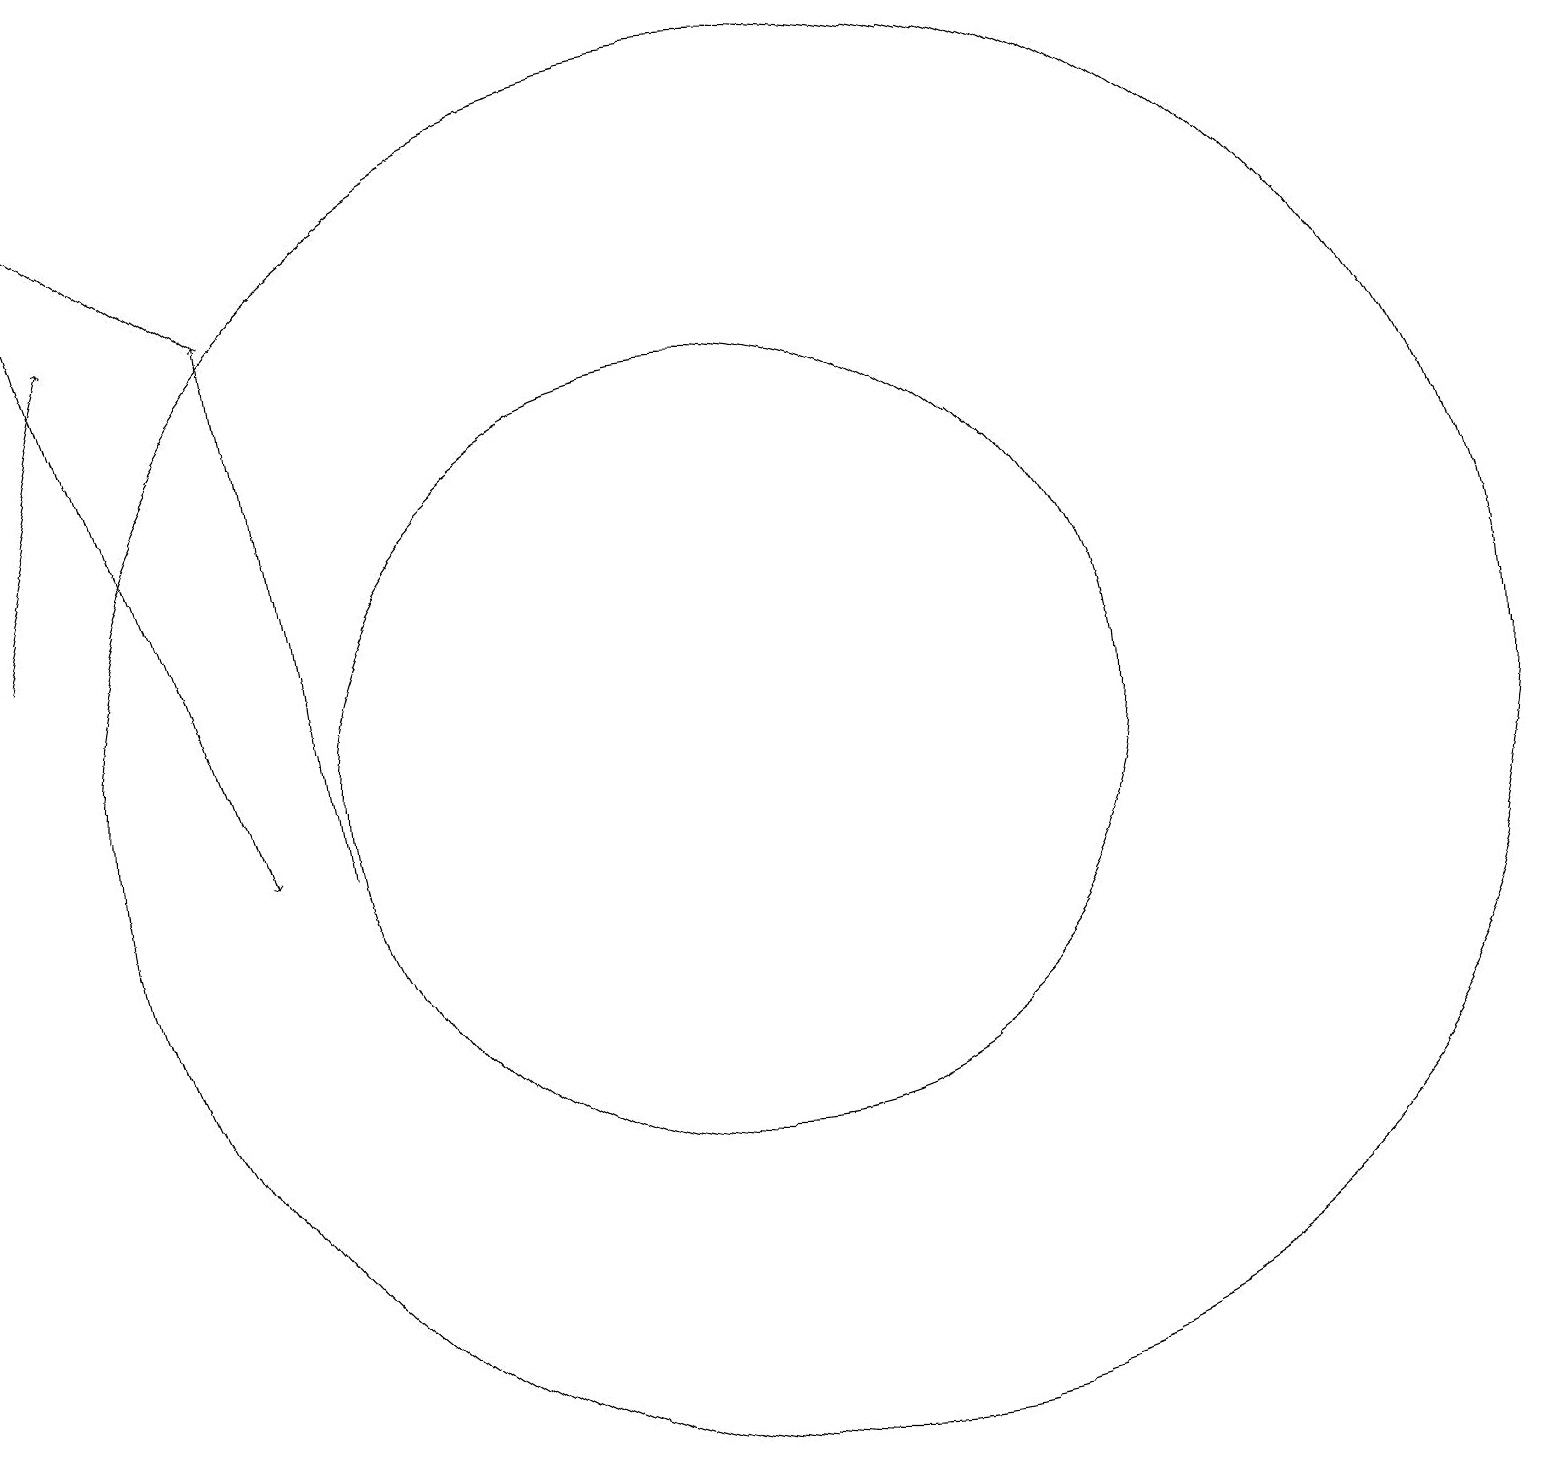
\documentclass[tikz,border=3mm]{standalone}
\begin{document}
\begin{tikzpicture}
\draw (10,11) circle (5);
\draw[->] (4,17) -- (1,19);
\draw[->] (1,13) -- (2,17);
\draw[->] (5,10) -- (4,17);
\draw[->] (1,19) -- (4,10);
\draw (11,11) circle (9);
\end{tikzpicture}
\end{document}